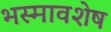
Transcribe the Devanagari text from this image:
भस्मावशेष